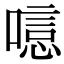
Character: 𠻫